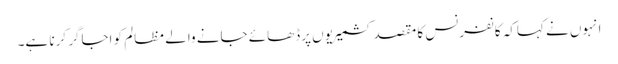
انہوں نے کہاکہ کانفرنس کا مقصد کشمیریوں پرڈھائے جانے والے مظالم کو اجاگر کرنا ہے۔